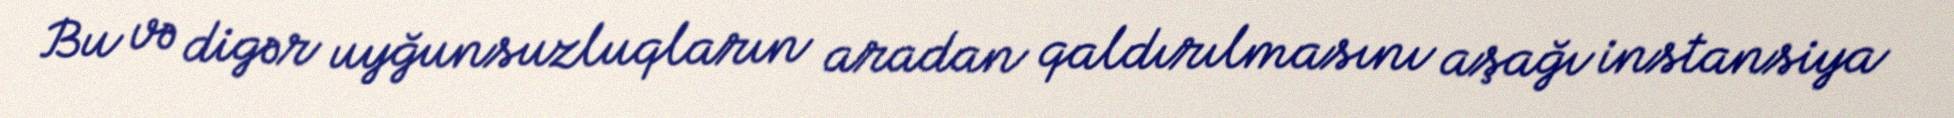
Bu və digər uyğunsuzluqların aradan qaldırılmasını aşağı instansiya